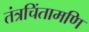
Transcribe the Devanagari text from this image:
तंत्रचिंतामणि